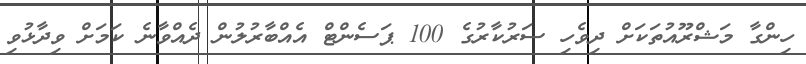
ހިންގާ މަޝްރޫއުތަކަށް ދިވެހި ސަރުކާރުގެ 100 ޕަސެންޓް އެއްބާރުލުން ދެއްވާނެ ކަމަށް ވިދާޅުވި